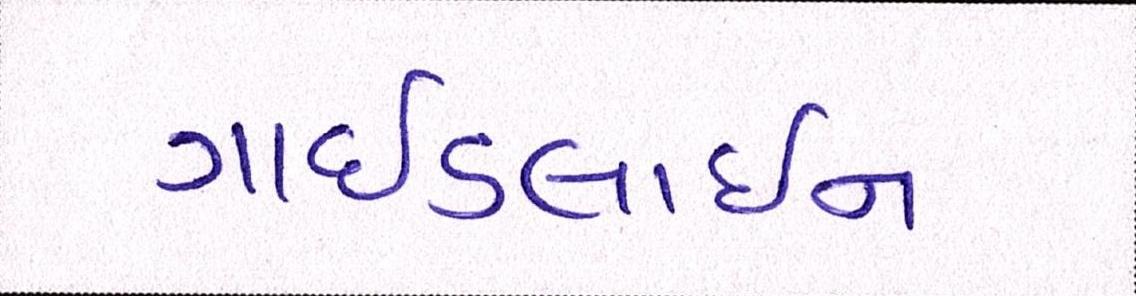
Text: ગાઈડલાઈન